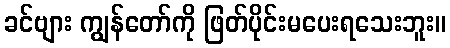
ခင်ဗျား ကျွန်တော်ကို ဖြတ်ပိုင်းမပေးရသေးဘူး။